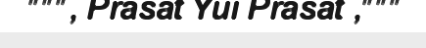
""", Prasat Yui Prasat ,"""